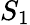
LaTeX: S_{1}